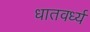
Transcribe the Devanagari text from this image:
धातवर्ध्य